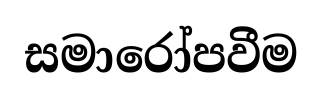
සමාරෝපවීම